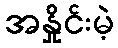
အနှိုင်းမဲ့